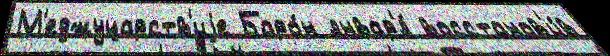
М'еджуцарств'иjе Баро́н январ'я́ восстанов'и́в